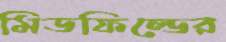
মিডফিল্ডের